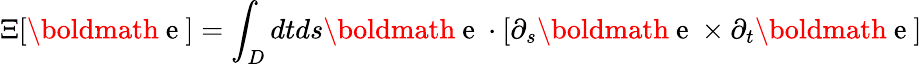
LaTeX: \Xi[{\mathrm{\boldmath~e~}}]=\int_{D}dtds{\mathrm{\boldmath~e~}}\cdot[\partial_{s}{\mathrm{\boldmath~e~}}\times\partial_{t}{\mathrm{\boldmath~e~}}]